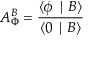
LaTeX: A _ { \Phi } ^ { B } = \frac { \langle \phi \mid B \rangle } { \langle 0 \mid B \rangle }